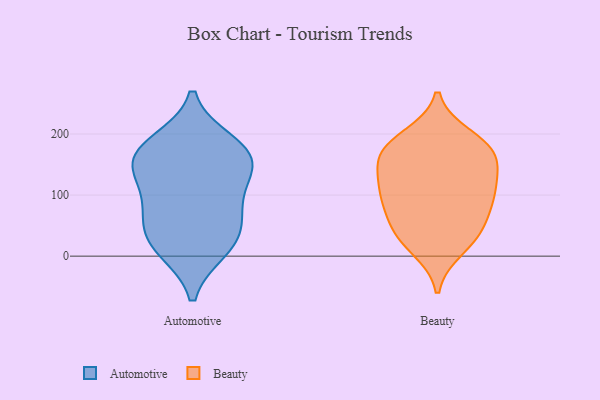
{"axis": {"x": "Production Output", "y": "Value"}, "legend": ["Automotive", "Beauty"], "data": [{"x": "", "y": 12, "type": "Automotive"}, {"x": "", "y": 175, "type": "Automotive"}, {"x": "", "y": 19, "type": "Automotive"}, {"x": "", "y": 157, "type": "Automotive"}, {"x": "", "y": 152, "type": "Automotive"}, {"x": "", "y": 152, "type": "Automotive"}, {"x": "", "y": 66, "type": "Automotive"}, {"x": "", "y": 81, "type": "Automotive"}, {"x": "", "y": 35, "type": "Automotive"}, {"x": "", "y": 111, "type": "Automotive"}, {"x": "", "y": 185, "type": "Automotive"}, {"x": "", "y": 131, "type": "Beauty"}, {"x": "", "y": 36, "type": "Beauty"}, {"x": "", "y": 90, "type": "Beauty"}, {"x": "", "y": 136, "type": "Beauty"}, {"x": "", "y": 91, "type": "Beauty"}, {"x": "", "y": 110, "type": "Beauty"}, {"x": "", "y": 93, "type": "Beauty"}, {"x": "", "y": 177, "type": "Beauty"}, {"x": "", "y": 174, "type": "Beauty"}, {"x": "", "y": 36, "type": "Beauty"}, {"x": "", "y": 166, "type": "Beauty"}, {"x": "", "y": 173, "type": "Beauty"}, {"x": "", "y": 195, "type": "Beauty"}, {"x": "", "y": 13, "type": "Beauty"}, {"x": "", "y": 49, "type": "Beauty"}]}